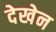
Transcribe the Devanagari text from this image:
देखेन